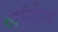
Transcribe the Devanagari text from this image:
लांग्रेज